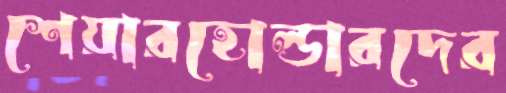
শেয়ারহোল্ডারদের